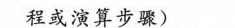
程或演算步骤)